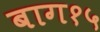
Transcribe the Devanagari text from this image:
बाग१५